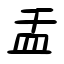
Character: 盂